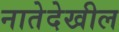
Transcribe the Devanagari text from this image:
नातेदेखील